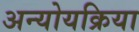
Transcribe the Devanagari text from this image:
अन्योयक्रिया